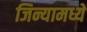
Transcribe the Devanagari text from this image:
जिन्यामध्ये